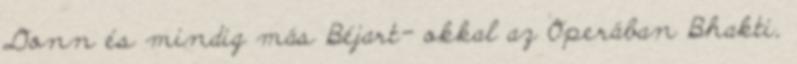
Donn és mindig más Béjart- okkal az Operában Bhakti,